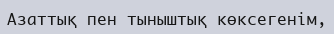
Азаттық пен тыныштық көксегенім,